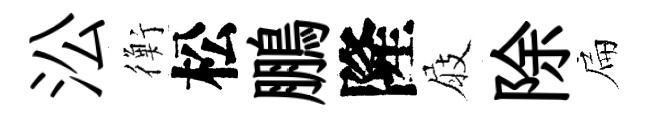
㳂衡松鵬隆屐除扁